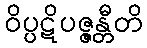
ဝိပ္ပဋိပဇ္ဇန္တီတိ